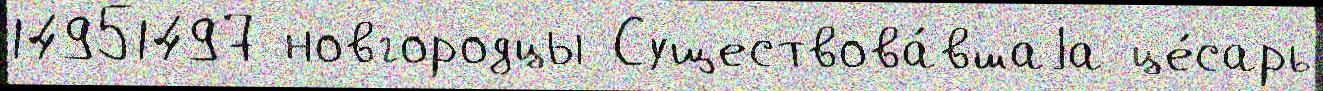
14951497 новгородцы Существова́вшаjа це́сарь